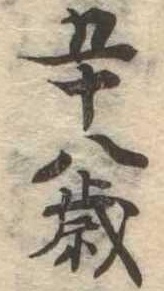
五十八歳